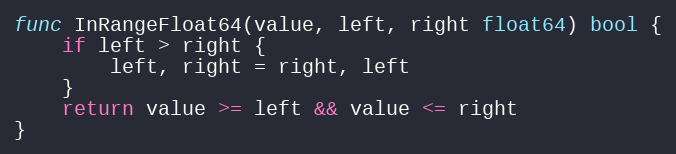
Language: Go
func InRangeFloat64(value, left, right float64) bool {
	if left > right {
		left, right = right, left
	}
	return value >= left && value <= right
}